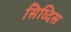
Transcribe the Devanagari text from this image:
सिध्दिस